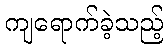
ကျရောက်ခဲ့သည့်